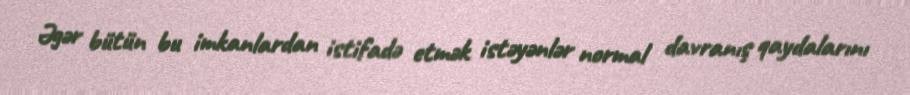
Əgər bütün bu imkanlardan istifadə etmək istəyənlər normal davranış qaydalarını